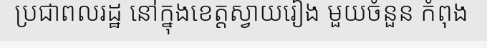
ប្រជាពលរដ្ឋ នៅក្នុងខេត្តស្វាយរៀង មួយចំនួន កំពុង